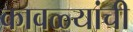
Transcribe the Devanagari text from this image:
कावळ्यांची